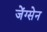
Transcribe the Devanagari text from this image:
जेंग्सेन